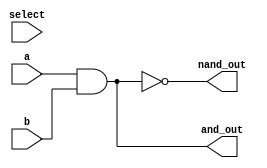
module Guia_0701 (output and_out, output nand_out,
                  input a, input b, input select );

    // Portas NATIVAS para implementar operaes lgicas
    and AND1 (and_out, a, b);
    nand NAND1 (nand_out, a, b);

endmodule 

module test_Guia_0701;

    reg a;
    reg b;
    reg select;
    wire and_out;
    wire nand_out;

    Guia_0701 UUT (and_out, nand_out, a, b, select);

    initial
    begin : main
        $display(" a b sel and_out nand_out");
        a = 1'b0; b = 1'b1; select = 1'b0;

        // Projetar testes do mdulo
        #1 $monitor("%b %b %b %b %b", a, b, select, and_out, nand_out);
        #1 select = 1'b1;
    end
endmodule // test_Guia_0701